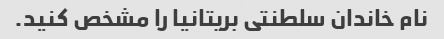
نام خاندان سلطنتی بریتانیا را مشخص کنید.